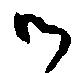
御